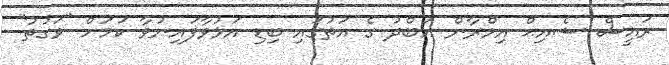
ރައީސް ޝެއިޙް އިމްރާން އަބްދު ގެ އަތުގައި ބިޑި އަޅުވާފައިނުވާ ކަމަށް "ވަގުތު"